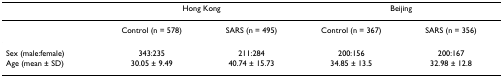
<table><thead><tr><td></td><td colspan="2"><b>Hong Kong</b></td><td colspan="2"><b>Beijing</b></td></tr></thead><tbody><tr><td></td><td>Control (n = 578)</td><td>SARS (n = 495)</td><td>Control (n = 367)</td><td>SARS (n = 356)</td></tr><tr><td>Sex (male:female)</td><td>343:235</td><td>211:284</td><td>200:156</td><td>200:167</td></tr><tr><td>Age (mean ± SD)</td><td>30.05 ± 9.49</td><td>40.74 ± 15.73</td><td>34.85 ± 13.5</td><td>32.98 ± 12.8</td></tr></tbody></table>